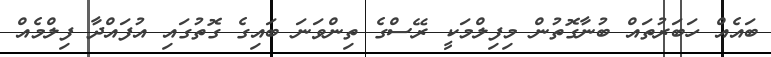
ބައެއް ހަބަރުތައް ބުނާގޮތުން މިފިލްމަކީ ރޭސްގެ ތިންވަނަ ބައިގެ ގޮތުގައި އުފައްދާ ފިލްމެއް